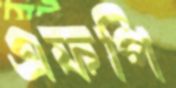
এফপি